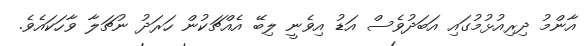
އާންމު ދިރިއުޅުމުގައި އަބަދުވެސް އަޑު އިވެނީ ލިބޭ އެއްޗަކުން ހަރަދު ނުޗަލާ ވާހަކައެވެ.